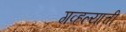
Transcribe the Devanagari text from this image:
गव्हल्याची